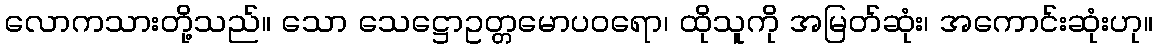
လောကသားတို့သည်။ သော သေဋ္ဌောဥတ္တမောပဝရော၊ ထိုသူကို အမြတ်ဆုံး၊ အကောင်းဆုံးဟု။